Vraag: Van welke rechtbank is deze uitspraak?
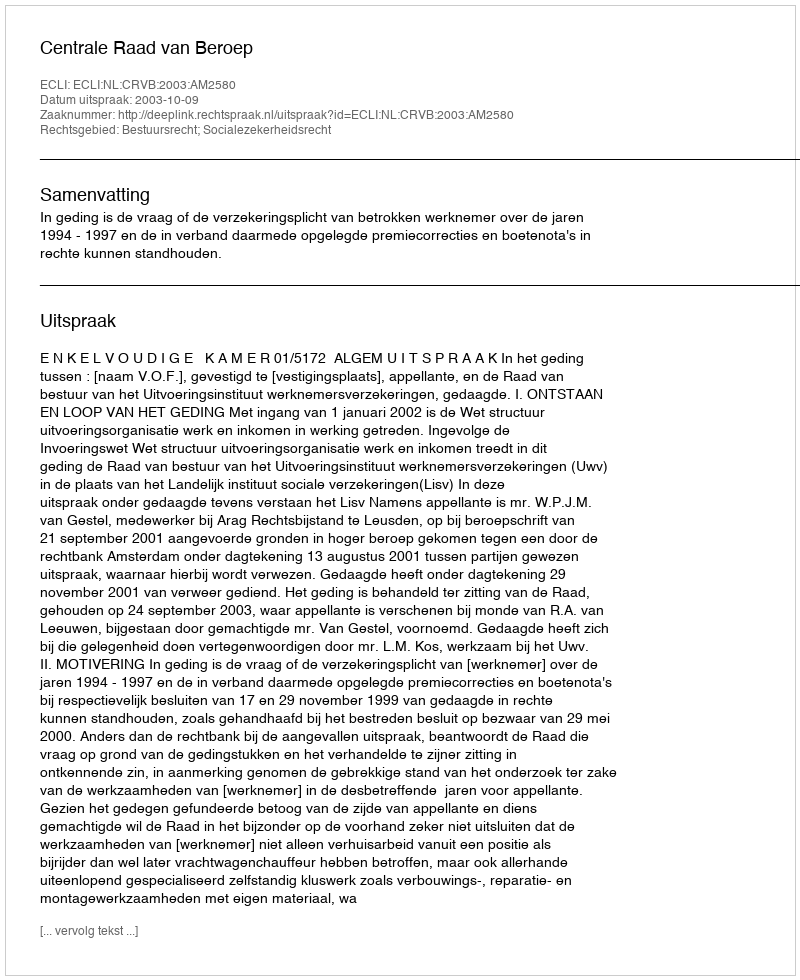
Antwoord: Centrale Raad van Beroep